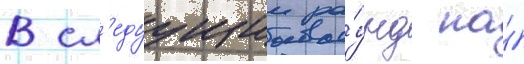
В сл'едуущии ра́унд на́